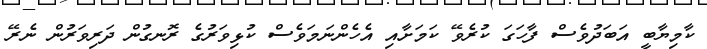
ކާމިޔާބީ އަބަދުވެސް ފާހަގަ ކުރެވޭ ކަމަށާއި އެހެންނަމަވެސް ކުޅިވަރުގެ ރޮނގުން ދަރިވަރުން ނެރޭ